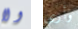
ولا وأرى